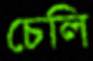
চেলি